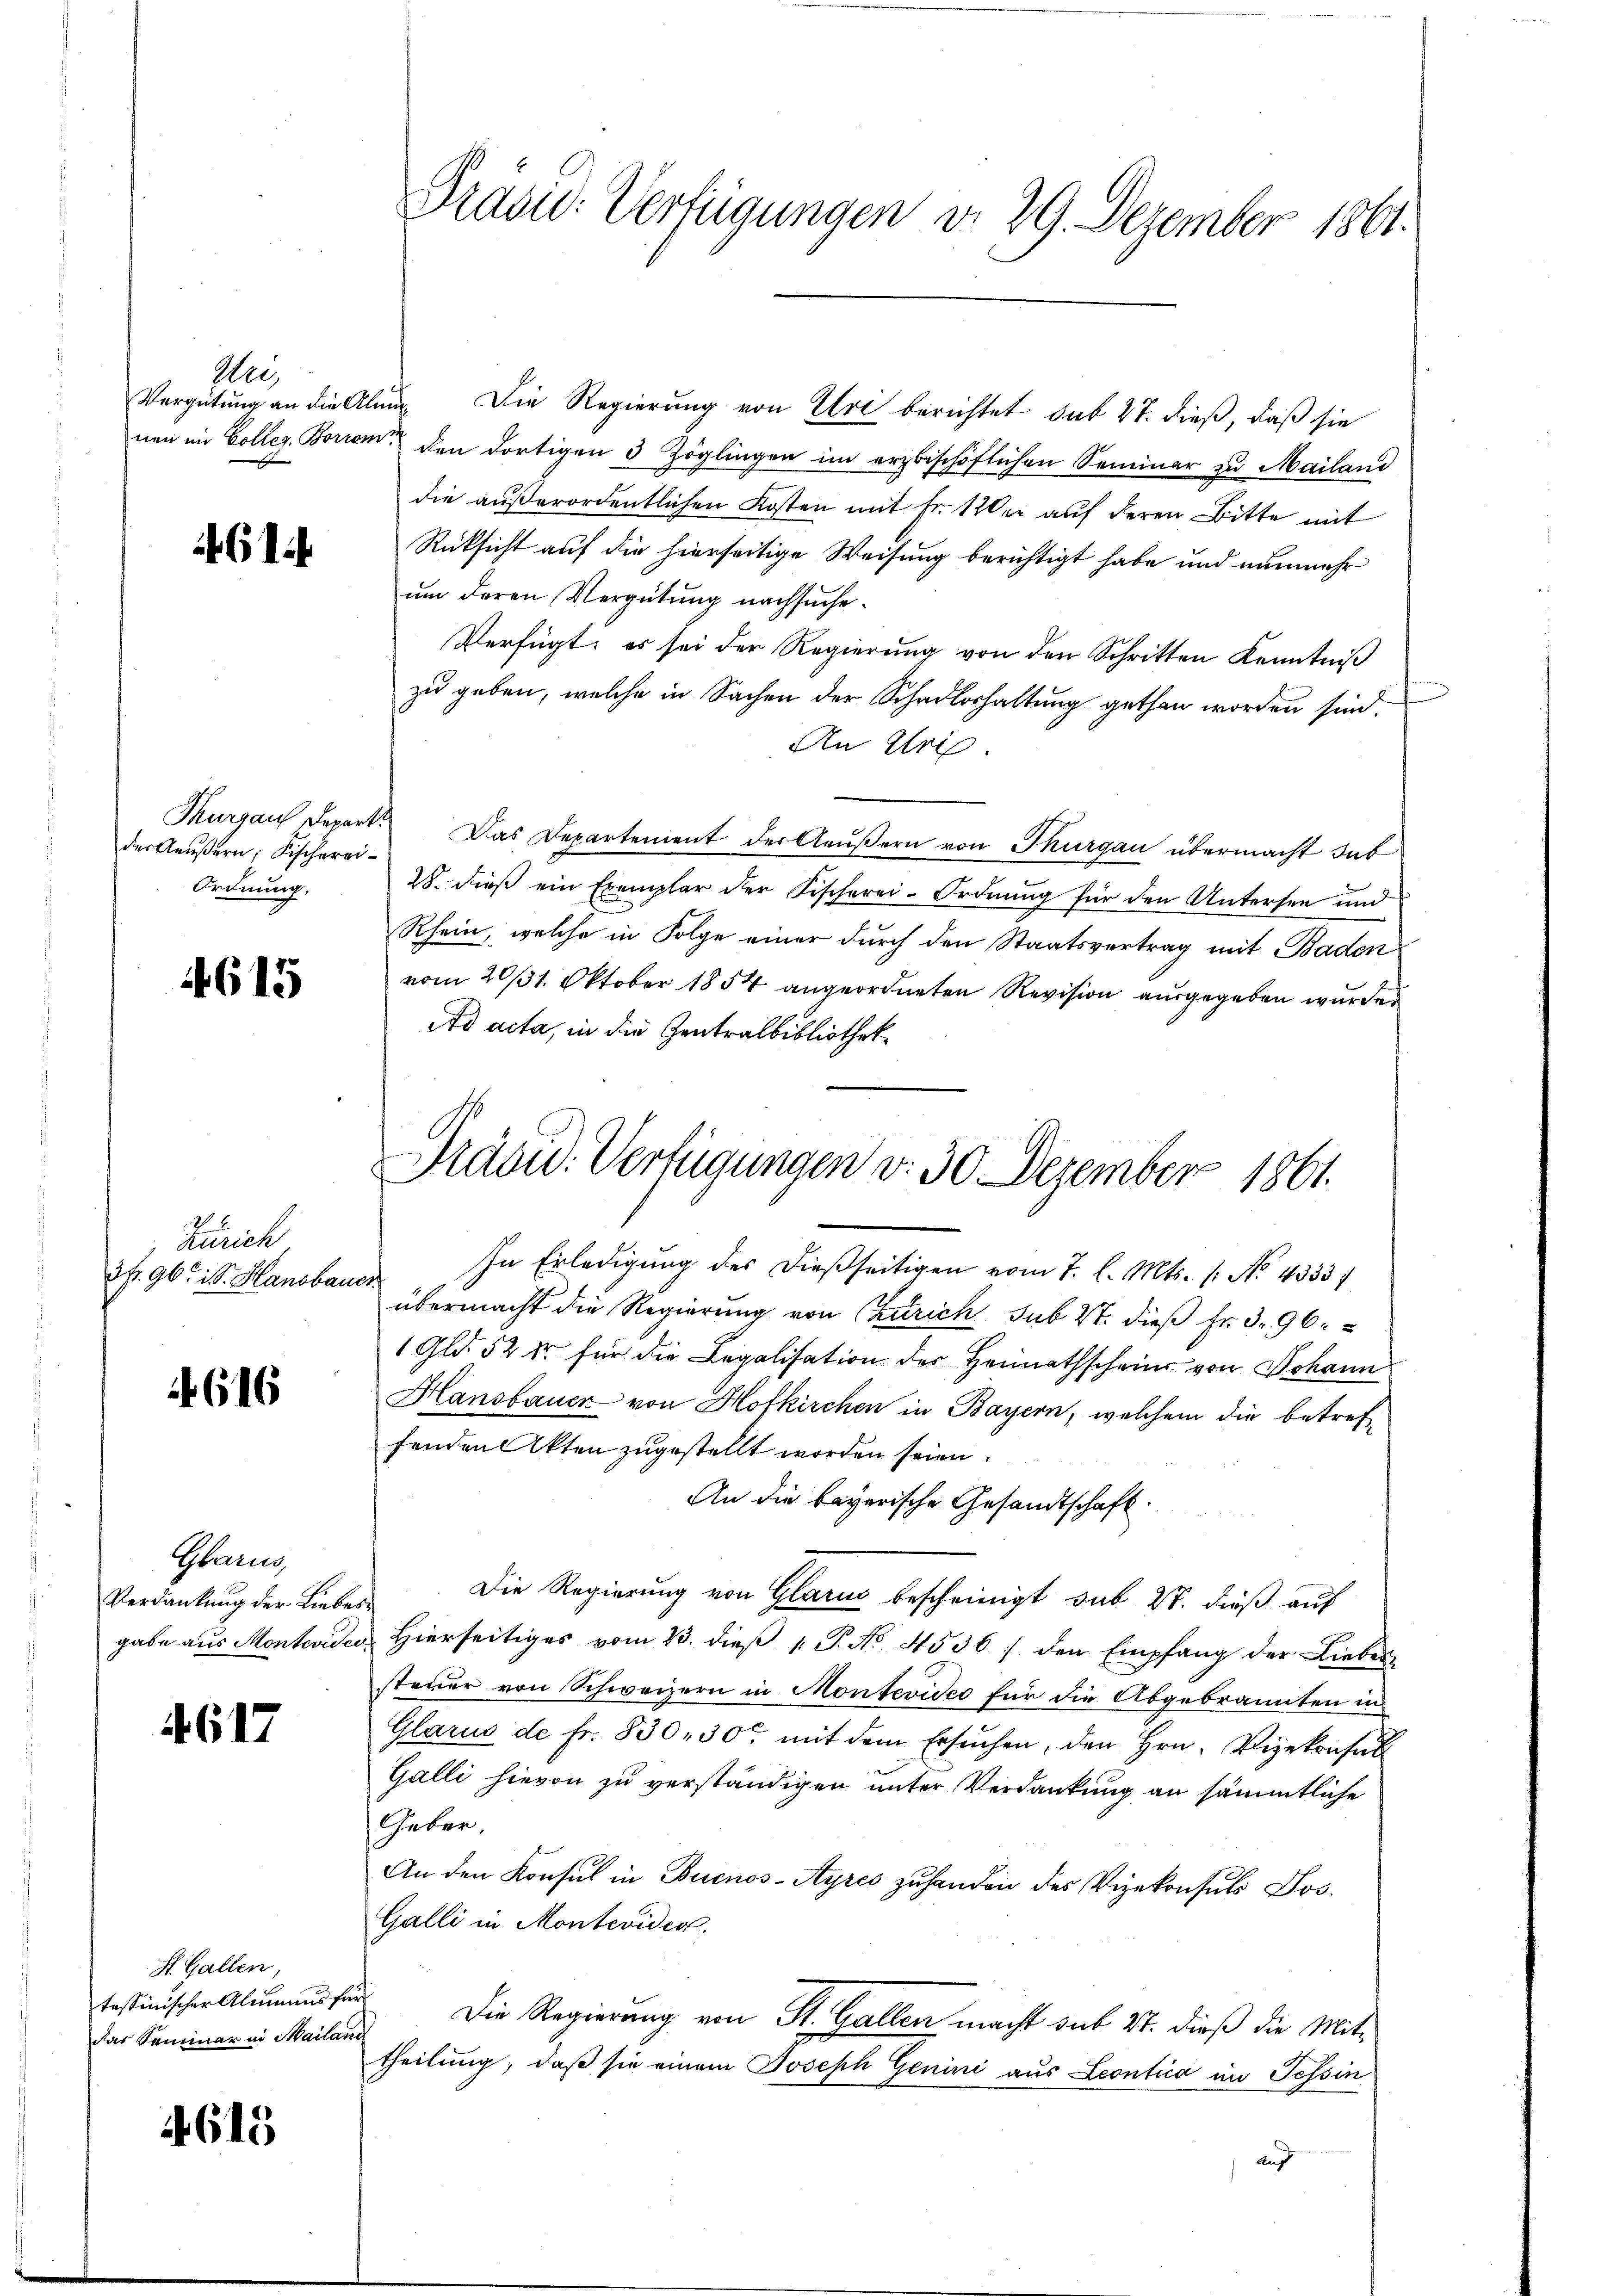
Mei

461.

der Aeußern, Fischerei¬
Ordnung.

4615

Zürich
3fr. 96. iS. Hanobar

4616

Glarus,
Verdankung der Liebe
gabe aus Montevide

4617

St. Gallen,
tessinischer Alimens
das Seminar in Maila

4615

Prasie: Verfügungen d. 29. Dezember 1861.

Vergütung an die Alem. Die Regierung von Uri berichtet sub 27. dieß, daß sie
nen im Colleg, Borrom den dortigen 3 Zöglingen im erzbischöflichen Seminar zu Mailand
die außerordentlichen Kosten mit Fr. 120 er auf deren Bitte mit
Rüksicht auf die hierseitige Weisung berichtigt habe und nunmehr
um deren Vergütung nachsuche.
Verfügt: es sei der Regierŭng von den Schritten Kenntniβ
zu geben, welche in Sachen der Schadloshaltung gethan worden sind.
An Uri.
Thurgau Depart. Das Departement der Aeußern von Thurgau übermacht sub
28. dieß ein Exemplar der Fischerei-Ordnung für den Untersee und
Rhein, welche in Folge einer durch den Staatsvertrag mit Baden
vom 20/31. Oktober 1854 angeordneten Revision ausgegeben wurden
Ad acta, in die Zentralbibliothek¬
In Erledigung des dießseitigen vom 7. l. Mts. (: No 4333/
aeuf
übermacht die Regierung von Zürich sub S. dieß Fr. 396.
1 Gld. 52 Xr für die Legalisation der Heimathschein von Johann
Hansbauer von Hofkirchen in Bayern, welchem die betreffenden Akten zugestellt worden seien.
An die bayerische Gesandtschaft.
Die Regierung von Glarus bescheinigt sub 27. dieß auf
i
 Hierseitiges vom 23. dieβ v. P. No. 4536) den Empfang der Liebes
steuer von Schweizern in Montevideo für die Abgebrannten in
Glarus de fr. 830, 30 mit dem Ersuchen, den Hrn. Vizekonsabl
Galli hievon zu verständigen unter Verdankung an sämmtliche
Geber.
An den Konsul in Buenos-Ayres zuhanden des Vizekonsuls Jos.
Galli in Montevideo
 Die Regierung von St. Gallen macht sub 27. dieß die Mittheilung, daß sie einem Joseph Genini aus Leontica im Tessin
Auf

Präsid. Verfügungen v. 30. Dezember 1861.